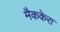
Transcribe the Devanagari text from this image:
मैककेरा